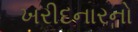
ખરીદનારનો